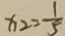
x _ { 2 } = \frac { 1 } { 5 }